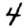
Digit: 4